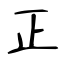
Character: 正